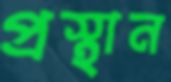
প্রস্থান